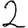
Digit: 2